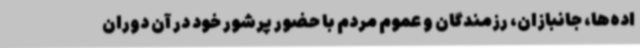
اده‌ها، جانبازان، رزمندگان و عموم مردم با حضور پرشور خود در آن دوران